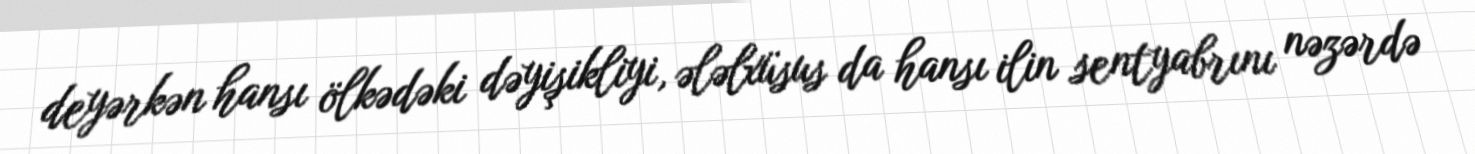
deyərkən hansı ölkədəki dəyişikliyi, ələlxüsus da hansı ilin sentyabrını nəzərdə